Scientific memoirs by medical officers of the Army of India - Part VI,
Year: 1891
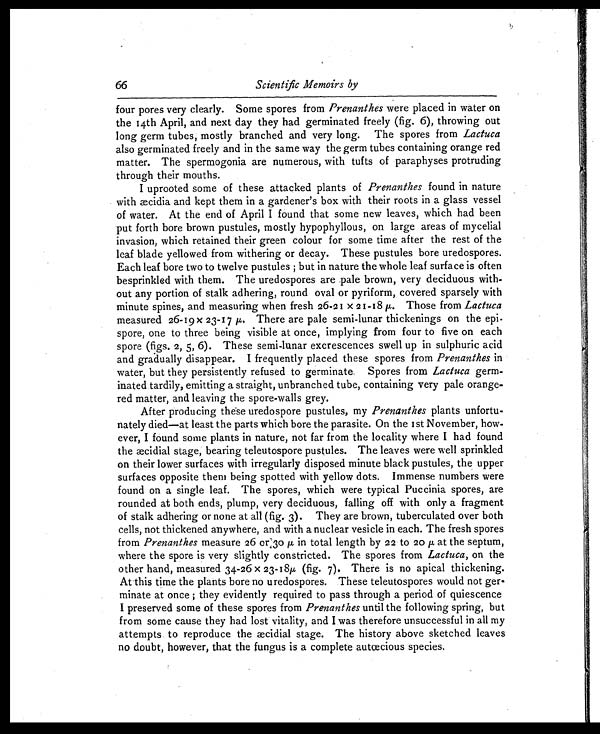
Scientific Memoirs by
four pores very clearly. Some spores from Prenanthes were placed in water on
the 14th April, and next day they had germinated freely (fig. 6), throwing out
long germ tubes, mostly branched and very long. The spores from Lactuca
also germinated freely and in the same way the germ tubes containing orange red
matter. The spermogonia are numerous, with tufts of paraphyses protruding
through their mouths.
I uprooted some of these attacked plants of Prenanthes found in nature
with æcidia and kept them in a gardener's box with their roots in a glass vessel
of water. At the end of April I found that some new leaves, which had been
put forth bore brown pustules, mostly hypophyllous, on large areas of mycelial
invasion, which retained their green colour for some time after the rest of the
leaf blade yellowed from withering or decay. These pustules bore uredospores.
Each leaf bore two to twelve pustules; but in nature the whole leaf surface is often
besprinkled with them. The uredospores are pale brown, very deciduous with-
out any portion of stalk adhering, round oval or pyriform, covered sparsely with
minute spines, and measuring when fresh 26-21 X 21-18 μ . Those from Lactuca
measured 26-19 x 23-17 μ . There are pale semi-lunar thickenings on the epi
-spore, one to three being visible at once, implying from four to five on each
spore (figs. 2, 5, 6). These semi-lunar excrescences swell up in sulphuric acid
and gradually disappear. I frequently placed these spores from Prenanthes in
water, but they persistently refused to germinate. Spores from Lactuca germ-
inated tardily, emitting a straight, unbranched tube, containing very pale orange-
red matter, and leaving the spore-walls grey.
After producing these uredospore pustules, my Prenanthes plants unfortu-
nately died—at least the parts which bore the parasite. On the i st November, how-
ever, I found some plants in nature, not far from the locality where I had found
the aecidial stage, bearing teleutospore pustules. The leaves were well sprinkled
on their lower surfaces with irregularly disposed minute black pustules, the upper
surfaces opposite them being spotted with yellow dots. Immense numbers were
found on a single leaf. The spores, which were typical Puccinia spores, are
rounded at both ends, plump, very deciduous, falling off with only a fragment
of stalk adhering or none at all (fig. 3). They are brown, tuberculated over both
cells, not thickened anywhere, and with a nuclear vesicle in each. The fresh spores
from Prenanthes measure 26 or 3o p in total length by 22 to 20 p at the septum,
where the spore is very slightly constricted. The spores from Lactuca, on the
other hand, measured 34-26 x 23-18p (fig. 7). There is no apical thickening.
At this time the plants bore no uredospores. These teleutospores would not ger-
minate at once ; they evidently required to pass through a period of quiescence
I preserved some of these spores from Prenanthes until the following spring, but
from some cause they had lost vitality, and I was therefore unsuccessful in all my
attempts to reproduce the æcidial stage. The history above sketched leaves
no doubt, however, that the fungus is a complete autcecious species.
66